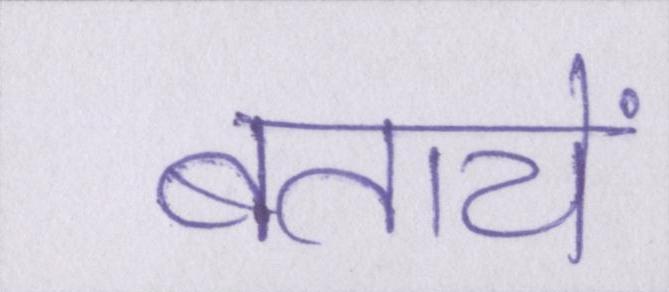
बतायें